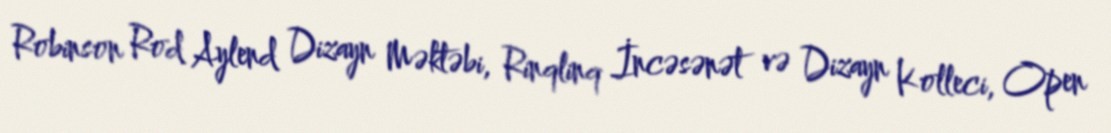
Robinson Rod Aylend Dizayn Məktəbi, Rinqlinq İncəsənət və Dizayn Kolleci, Open